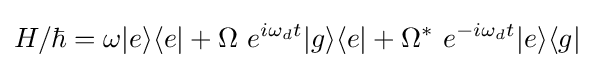
H/\hbar =\omega |e\rangle \langle e|+\Omega \ e^{i\omega _{d}t}|g\rangle \langle e|+\Omega ^{*}\ e^{-i\omega _{d}t}|e\rangle \langle g|